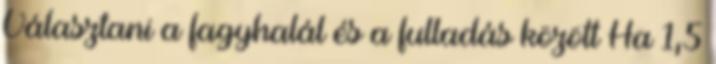
Választani a fagyhalál és a fulladás között Ha 1,5